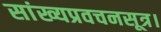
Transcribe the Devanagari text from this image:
सांख्यप्रवचनसूत्र।